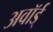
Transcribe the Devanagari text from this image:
अवॉर्ड्